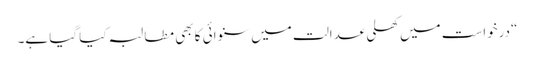
“درخواست میں کھلی عدالت میں سنوائی کا بھی مطالبہ کیا گیا ہے۔